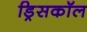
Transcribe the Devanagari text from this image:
ड्रिसकॉल